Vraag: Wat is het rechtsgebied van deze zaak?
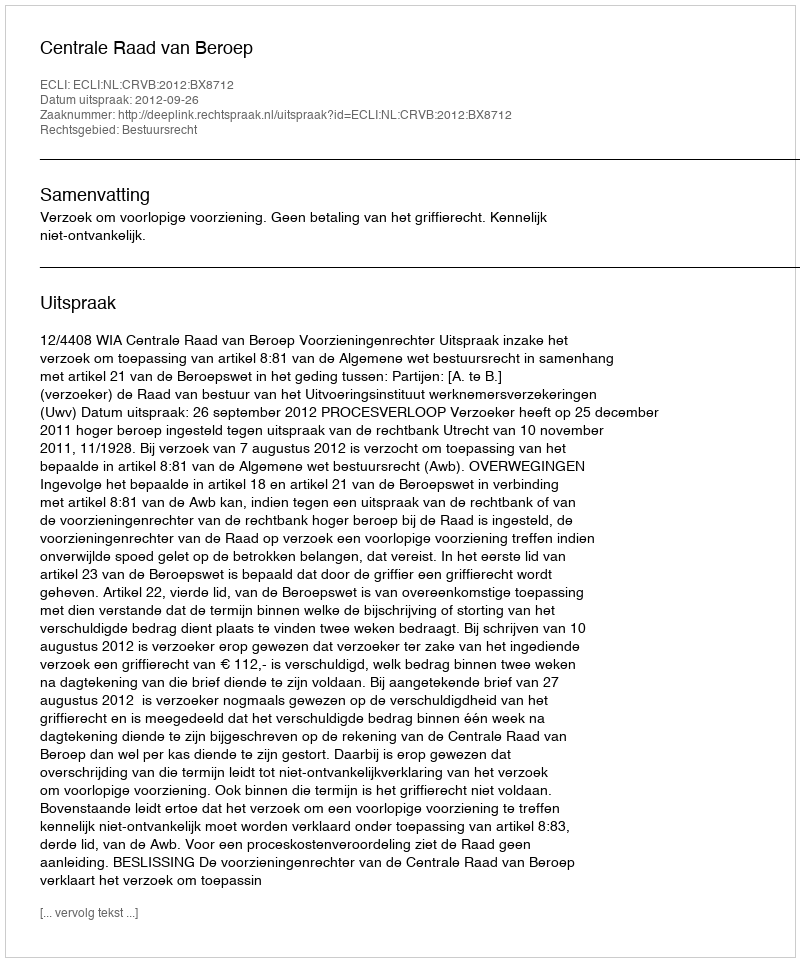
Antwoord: Bestuursrecht